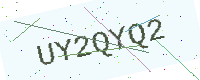
Text: UY2QYQ2